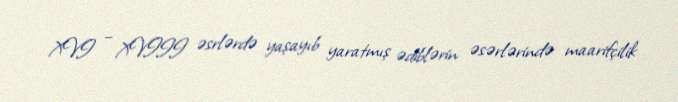
XVI – XVIII əsrlərdə yaşayıb yaratmış ədiblərin əsərlərində maarifçilik